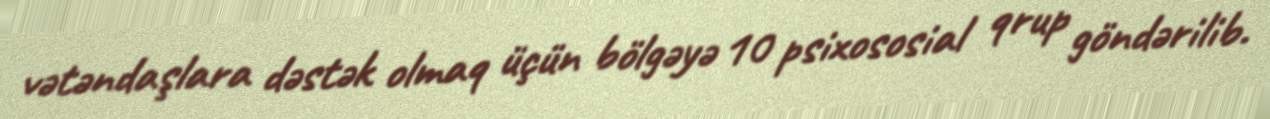
vətəndaşlara dəstək olmaq üçün bölgəyə 10 psixososial qrup göndərilib.